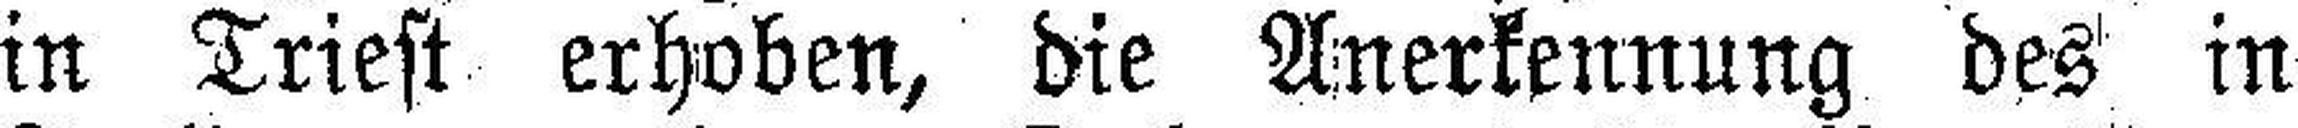
in Triest erhoben, die Anerkennung des in